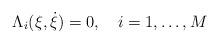
LaTeX: \begin{align*} \Lambda_i(\xi,\dot{\xi})=0,\quad i=1,\dots,M\end{align*}